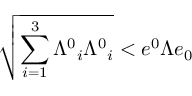
\sqrt { \sum _ { i = 1 } ^ { 3 } \displaystyle \Lambda ^ { 0 } { } _ { i } \Lambda ^ { 0 } { } _ { i } } < e ^ { 0 } \Lambda e _ { 0 }